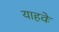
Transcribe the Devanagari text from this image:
याहवेः